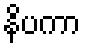
နိပကာ